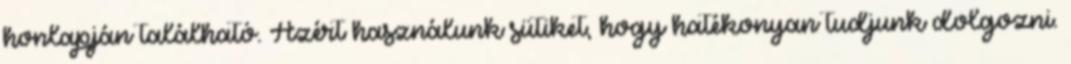
honlapján található. Azért használunk sütiket, hogy hatékonyan tudjunk dolgozni.